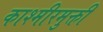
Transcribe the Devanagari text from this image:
काश्मीरमुक्ती